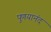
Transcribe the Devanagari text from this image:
पुणयानंद